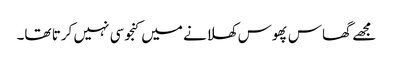
مجھے گھاس پھوس کھلانے میں کنجوسی نہیں کرتا تھا۔